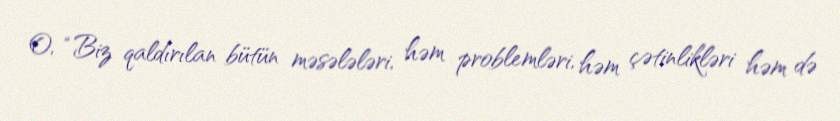
O, “Biz qaldırılan bütün məsələləri, həm problemləri, həm çətinlikləri həm də